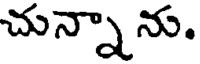
చున్నాను.